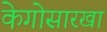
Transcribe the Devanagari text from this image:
केगोसारखा